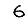
Digit: 6